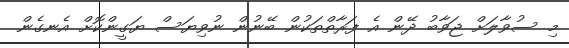
މި ސުވާލަށް ޖަވާބު ދޭން އެ ފަރާތްތަކުން ބޭނުން ނުވިޔަސް ޔަގީންކޮށް އެނގެން